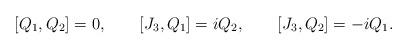
LaTeX: \begin{align*}[Q_{1}, Q_{2}] = 0 , \qquad [J_{3}, Q_{1}] = iQ_{2} , \qquad[J_{3}, Q_{2}] = -iQ_{1} .\end{align*}